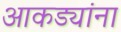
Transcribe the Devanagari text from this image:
आकड्यांना